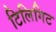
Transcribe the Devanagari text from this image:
टिलिगिट